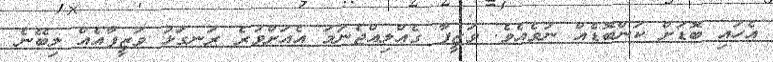
އެހައި ބޮޑަށް ކަންބޮޑެއް ނުވެއެވެ. ވަޒީފާ ގެއްލިއްޖެނަމަ އެއަށްވުރެ ރަނގަޅު ވަޒީފާއެއް ލިބޭނެ